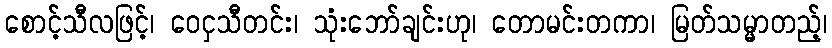
စောင့်သီလဖြင့်၊ ဝေငှသီတင်း၊ သုံးဘော်ချင်းဟု၊ တောမင်းတကာ၊ မြတ်သမ္မာတည့်၊